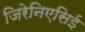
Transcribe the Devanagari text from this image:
जिरेनिएसिई